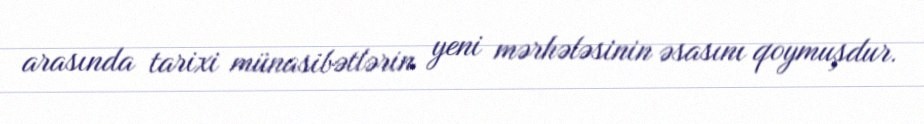
arasında tarixi münasibətlərin yeni mərhələsinin əsasını qoymuşdur.